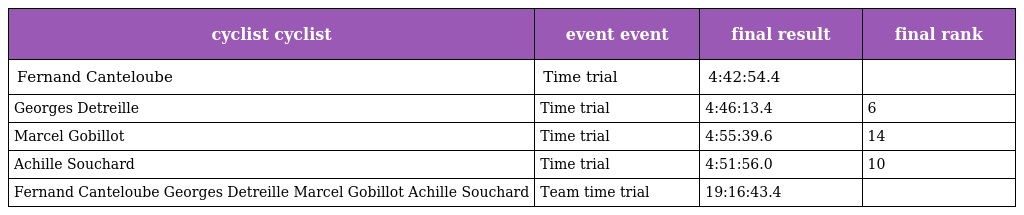
| cyclist cyclist | event event | final result | final rank |
 | --- | --- | --- | --- |
 | Fernand Canteloube | Time trial | 4:42:54.4 |  |
 | Georges Detreille | Time trial | 4:46:13.4 | 6 |
 | Marcel Gobillot | Time trial | 4:55:39.6 | 14 |
 | Achille Souchard | Time trial | 4:51:56.0 | 10 |
 | Fernand Canteloube Georges Detreille Marcel Gobillot Achille Souchard | Team time trial | 19:16:43.4 |  |